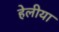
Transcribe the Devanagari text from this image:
हेलीया